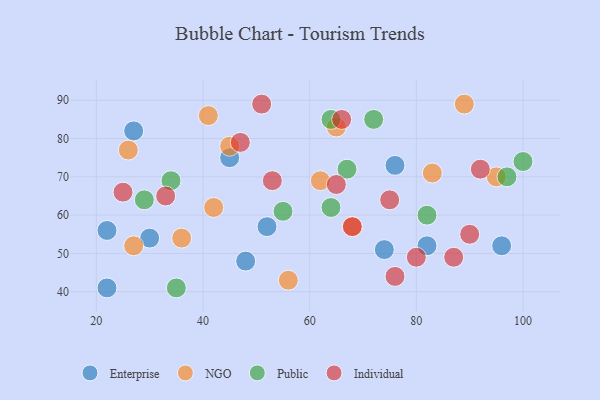
{"axis": {"x": "GDP", "y": "Life Expectancy"}, "legend": ["Enterprise", "Individual", "NGO", "Public"], "data": [{"x": "27", "y": 82, "type": "Enterprise"}, {"x": "22", "y": 56, "type": "Enterprise"}, {"x": "96", "y": 52, "type": "Enterprise"}, {"x": "22", "y": 41, "type": "Enterprise"}, {"x": "82", "y": 52, "type": "Enterprise"}, {"x": "76", "y": 73, "type": "Enterprise"}, {"x": "45", "y": 75, "type": "Enterprise"}, {"x": "48", "y": 48, "type": "Enterprise"}, {"x": "74", "y": 51, "type": "Enterprise"}, {"x": "52", "y": 57, "type": "Enterprise"}, {"x": "30", "y": 54, "type": "Enterprise"}, {"x": "56", "y": 43, "type": "NGO"}, {"x": "36", "y": 54, "type": "NGO"}, {"x": "83", "y": 71, "type": "NGO"}, {"x": "42", "y": 62, "type": "NGO"}, {"x": "95", "y": 70, "type": "NGO"}, {"x": "27", "y": 52, "type": "NGO"}, {"x": "45", "y": 78, "type": "NGO"}, {"x": "26", "y": 77, "type": "NGO"}, {"x": "68", "y": 57, "type": "NGO"}, {"x": "65", "y": 83, "type": "NGO"}, {"x": "62", "y": 69, "type": "NGO"}, {"x": "41", "y": 86, "type": "NGO"}, {"x": "89", "y": 89, "type": "NGO"}, {"x": "35", "y": 41, "type": "Public"}, {"x": "82", "y": 60, "type": "Public"}, {"x": "72", "y": 85, "type": "Public"}, {"x": "64", "y": 62, "type": "Public"}, {"x": "100", "y": 74, "type": "Public"}, {"x": "67", "y": 72, "type": "Public"}, {"x": "34", "y": 69, "type": "Public"}, {"x": "55", "y": 61, "type": "Public"}, {"x": "29", "y": 64, "type": "Public"}, {"x": "97", "y": 70, "type": "Public"}, {"x": "64", "y": 85, "type": "Public"}, {"x": "87", "y": 49, "type": "Individual"}, {"x": "66", "y": 85, "type": "Individual"}, {"x": "90", "y": 55, "type": "Individual"}, {"x": "33", "y": 65, "type": "Individual"}, {"x": "75", "y": 64, "type": "Individual"}, {"x": "51", "y": 89, "type": "Individual"}, {"x": "92", "y": 72, "type": "Individual"}, {"x": "76", "y": 44, "type": "Individual"}, {"x": "80", "y": 49, "type": "Individual"}, {"x": "47", "y": 79, "type": "Individual"}, {"x": "53", "y": 69, "type": "Individual"}, {"x": "68", "y": 57, "type": "Individual"}, {"x": "25", "y": 66, "type": "Individual"}, {"x": "65", "y": 68, "type": "Individual"}]}